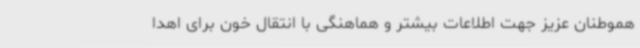
هموطنان عزیز جهت اطلاعات بیشتر و هماهنگی با انتقال خون برای اهدا